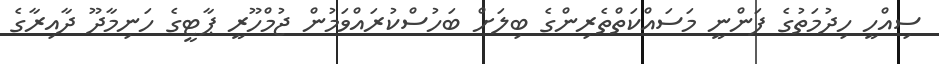
ސިއްހީ ހިދުމަތުގެ ފަންނީ މަސައްކަތްތެރިންގެ ބިލަށް ބަހުސްކުރައްވަމުން ޖުމްހޫރީ ޕާޓީގެ ހަނިމާދޫ ދާއިރާގެ